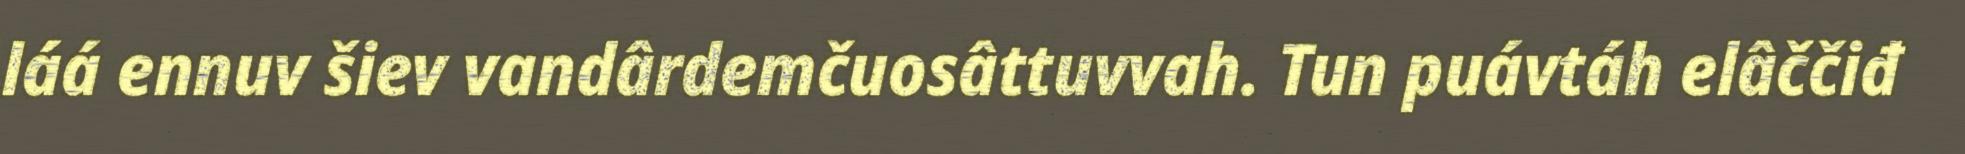
láá ennuv šiev vandârdemčuosâttuvvah. Tun puávtáh elâččiđ